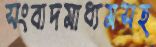
সংবাদমাধ্যমসহ